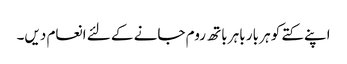
اپنے کتے کو ہر بار باہر باتھ روم جانے کے لئے انعام دیں۔